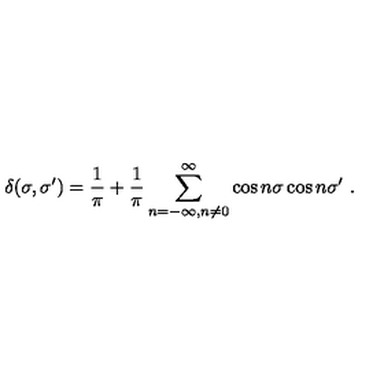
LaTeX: \delta ( \sigma , \sigma ^ { \prime } ) = \frac { 1 } { \pi } + \frac { 1 } { \pi } \sum _ { n = - \infty , n \neq 0 } ^ { \infty } \cos n \sigma \cos n \sigma ^ { \prime } \ .